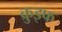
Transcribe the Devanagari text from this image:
क्रुइफ